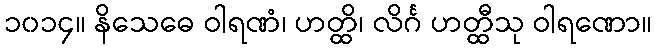
၁၀၁၄။ နိသေဓေ ဝါရဏံ၊ ဟတ္ထိ၊ လိင်္ဂ ဟတ္ထီသု ဝါရဏော။